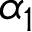
\alpha _ { 1 }